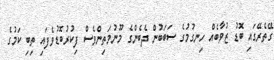
ގޭތެރޭގައި ބޮޑު ޒުވާބެއް ހިނގުމުގެ ސަބަބުން ދެބެންގެ މޫނުމަތިންވެސް ފިކުރުބޮޑުވެފައި ތިބި ކަމުގެ